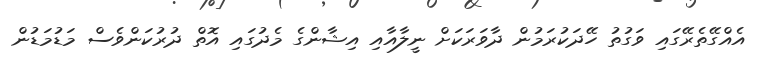
އެއްގޭތެރޭގައި ވަގުތު ހޭދަކުރަމުން ދާވަރަކަށް ނީލާއާއި އިޝާންގެ މެދުގައި އޮތް ދުރުކަންވެސް މަޑުމަޑުން